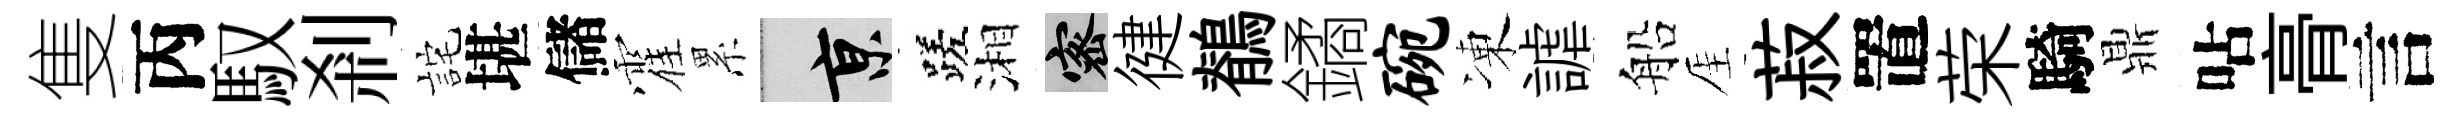
隻丙馭刹詫堪儲霍累京蹉湘密徤鶺鐍碗凍謔船厓菽置荣騎鼎呫𮌔言